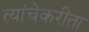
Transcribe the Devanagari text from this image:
त्यांचेकरीता